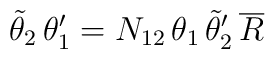
\tilde{\theta}_2\,\theta _1'=N_{12}\,\theta _1\,\tilde{\theta }_2'\,\overline{R}